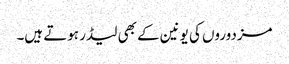
مزدوروں کی یونین کے بھی لیڈر ہوتے ہیں۔